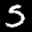
Label: 5